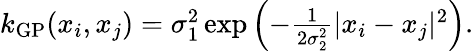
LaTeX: \begin{array}{r}{k_{\mathrm{GP}}(x_{i},{x}_{j})=\sigma_{1}^{2}\exp\left(-\frac{1}{2\sigma_{2}^{2}}|{x}_{i}-{x}_{j}|^{2}\right).}\end{array}